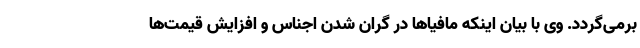
برمی‌گردد. وی با بیان اینکه مافیاها در گران شدن اجناس و افزایش قیمت‌ها